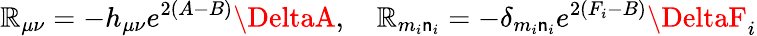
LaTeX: \mathbb{R}_{\mu\nu}=-h_{\mu\nu}e^{2(A-B)}\DeltaA,~~~~\mathbb{R}_{m_{i}\mathsf{n}_{i}}=-\delta_{m_{i}\mathsf{n}_{i}}e^{2(F_{i}-B)}\DeltaF_{i}